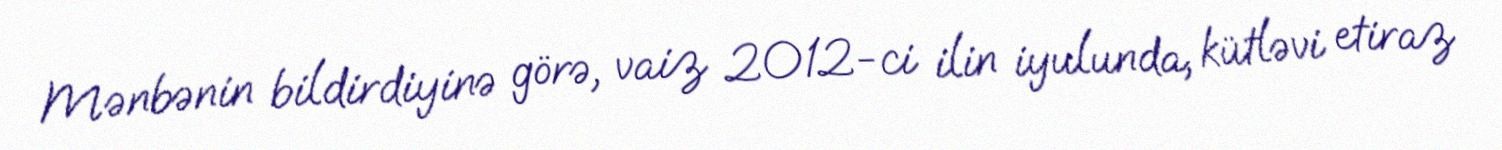
Mənbənin bildirdiyinə görə, vaiz 2012-ci ilin iyulunda, kütləvi etiraz